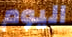
اليوم